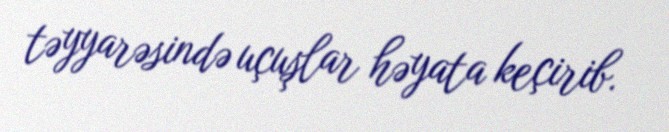
təyyarəsində uçuşlar həyata keçirib.